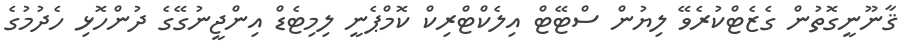
ޤާނޫނީގޮތުން ގެޒެޓްކުރެވޭ ލިޔުން ސްޓޭޓް އިލެކްޓްރިކް ކޮމްޕެނީ ލިމިޓެޑް އިންޖީނުގޭގެ ދުންހޮޅި ހެދުމުގެ